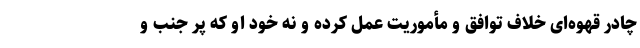
چادر قهوه‌ای خلاف توافق و مأموریت عمل کرده و نه خود او که پر جنب و